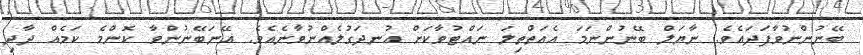
ބޭނުންނުވާފަދައެވެ. ނާޔަލް ބޭނުންނަމަ އެއަތްތިލަ ނައްޓުވާކަށް އުނދަގުލެއްނުވާނެއެވެ. އޭނަބޭނުންވާ ކޮންމެ ކަމެއް ދާދި